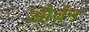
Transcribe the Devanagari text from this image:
और्वन